Leaving Certificate Examination, 1903
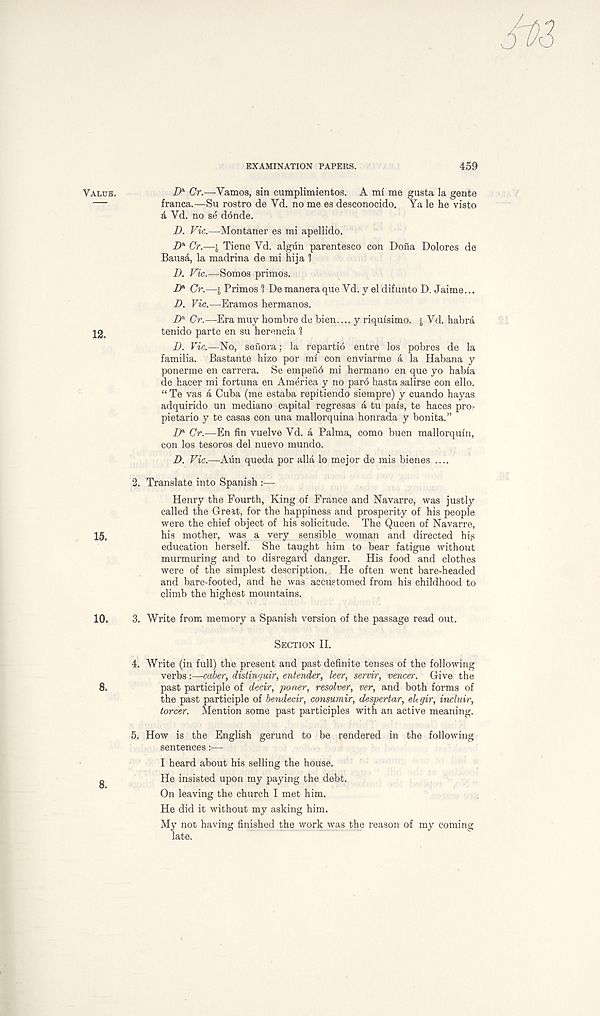
EXAMINATION PAPERS.
459
D* Cr.—Vamos, sin cumplimienfcos. A mf me gusta la gente
franca.—Su rostro de Yd. no me es desconocido. Ya le he visto
a Yd. no se d6nde.
D. Vic.—Montaner es mi apellido.
D* Cr.—i Tiene Yd. algiin parentesco con Dona Dolores de
Baus&, la madrina de mi hija 1
V. Vic.—Somos primes.
D* Cr.—j, Primos 1 Demaneraque Yd. y eldifunto D. Jaime...
D. Vic.—Eramos hermanos.
Z> a Cr.—Era muy hombre de bien.... y riquisimo. £ Yd. habra
tenido parte en su herencia 1
D. Vic.—No, sefiora; la repartio entre los pobres de la
familia. Bastante hizo por mi con enviarme a la Habana y
ponerme en carrera. Se empefib mi hermano en que yo habla
de hacer mi fortuna en America y no par6 hasta salirse con ello.
“ Te vas a Cuba (me estaba repitiendo siempre) y cuando hayas
adquirido un mediano capital regresas a tu pais, te haces pro-
pietario y te casas con una mallorquina honrada y bonita.”
D® Cr.—En fin vuelve Yd. a Palma, como buen mallorquin,
con los tesoros del nuevo mundo.
D. Vic.—Aun queda por alia lo mejor de mis bienes ....
2. Translate into Spanish :—
Henry the Fourth, King of France and Navarre, was justly
called the Great, for the happiness and prosperity of his people
were the chief object of his solicitude. The Queen of Navarre,
15,
his mother, was a very sensible woman and directed hig
education herself. She taught him to bear fatigue without
murmuring and to disregard danger. His food and clothes
were of the simplest description. He often went bare-headed
and bare-footed, and he was accustomed from his childhood to
climb the highest mountains.
10. 3. Write from memory a Spanish version of the passage read out.
Section II.
4. Write (in full) the present and past definite tenses of the following
verbs:—caber, distinr/uir, entender, leer, servir, veneer. Give the
8.
past participle of decir, poner, resolver, ver, and both forms of
the past participle of bendecir, consumir, despertar, ekgir, incluir,
torcer. Mention some past participles with an active meaning.
5. How is the English gerund to be rendered in the following
sentences : ■ —
I heard about his selling the house,
g
He insisted upon my paying the debt.
On leaving the church I met him.
He did it without my asking him.
My not having finished the work was the reason of my coming
late.